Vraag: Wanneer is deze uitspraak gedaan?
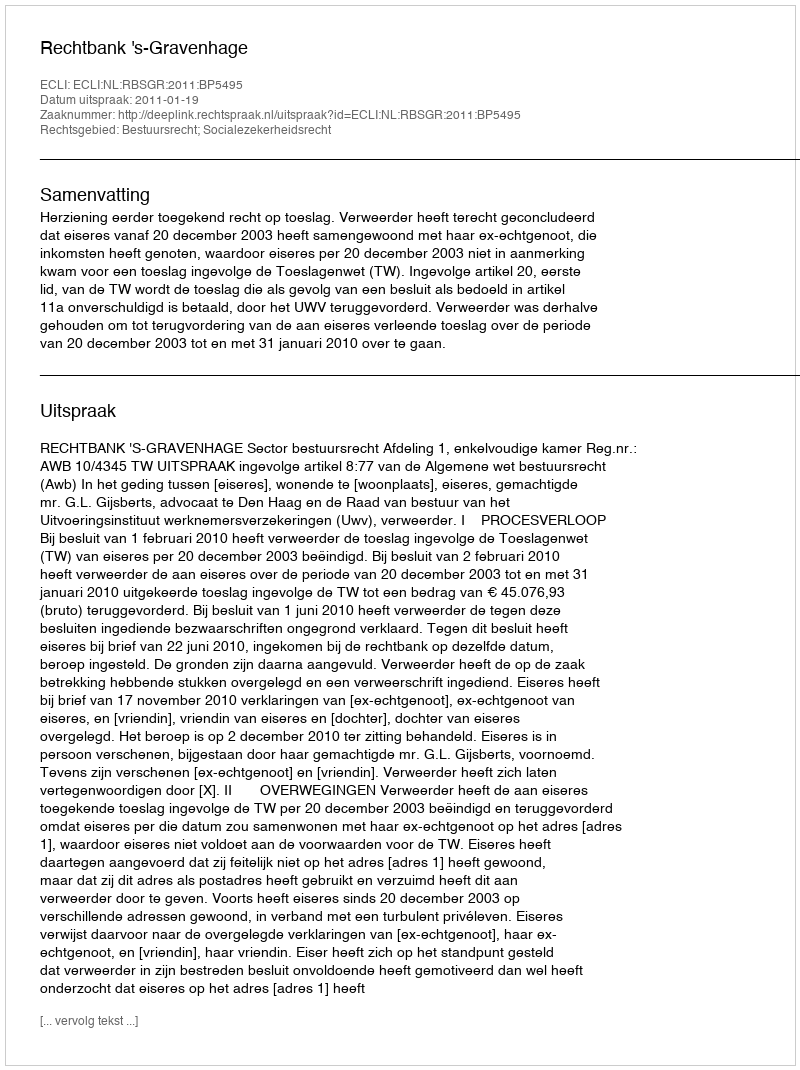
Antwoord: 2011-01-19